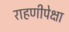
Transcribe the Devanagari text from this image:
राहणीपेक्षा